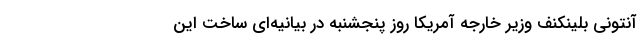
آنتونی بلینکنف وزیر خارجه آمریکا روز پنجشنبه در بیانیه‌ای ساخت این